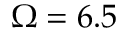
\Omega = 6 . 5